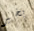
بخير